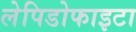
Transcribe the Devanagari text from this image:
लेपिडोफाइटा